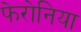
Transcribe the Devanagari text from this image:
फेरोनिया